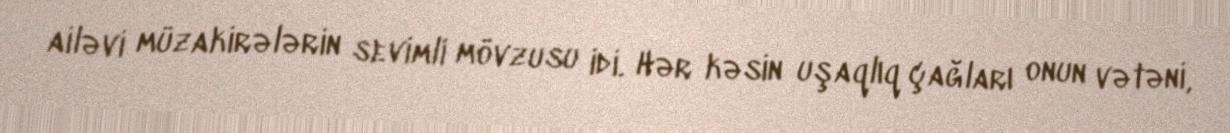
ailəvi müzakirələrin sevimli mövzusu idi. Hər kəsin uşaqlıq çağları onun vətəni,